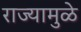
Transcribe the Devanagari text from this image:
राज्यामुळे